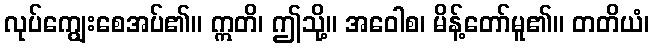
လုပ်ကျွေးစေအပ်၏။ ဣတိ၊ ဤသို့။ အဝေါစ၊ မိန့်တော်မူ၏။ တတိယံ၊